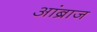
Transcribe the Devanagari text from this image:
आंब्राज